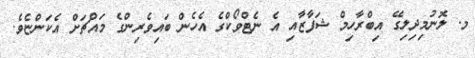
މ. ލޮނުމިދިލިގޭ އިބްރާހިމް ޝަފާޒާއި އެ ނެޓްވޯކްގެ އެހެން ބައިވެރިންގެ މައްޗަށް އެކަންޏެވެ.